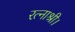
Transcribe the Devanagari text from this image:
रत्नाश्री।